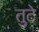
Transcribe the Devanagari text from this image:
तुटे